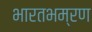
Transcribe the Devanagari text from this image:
भारतभम्रण